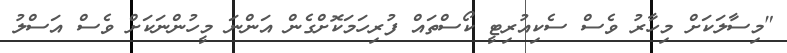
"މިސާލަކަށް މިހާރު ވެސް ސެކިއުރިޓީ ކޯސްތައް ފުރިހަމަކޮށްގެން އަންނަ މީހުންނަކަށް ވެސް އަސްލު